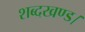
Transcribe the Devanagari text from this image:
शब्दखण्ड।